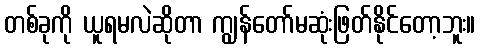
တစ်ခုကို ယူရမလဲဆိုတာ ကျွန်တော်မဆုံးဖြတ်နိုင်တော့ဘူး။